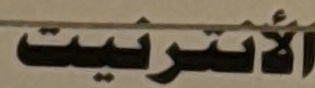
الأنترنيت